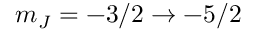
m _ { J } = - 3 / 2 \rightarrow - 5 / 2